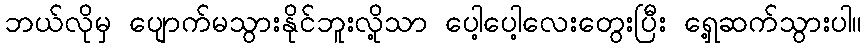
ဘယ်လိုမှ ပျောက်မသွားနိုင်ဘူးလို့သာ ပေါ့ပေါ့လေးတွေးပြီး ရှေ့ဆက်သွားပါ။